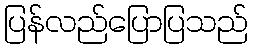
ပြန်လည်ပြောပြသည်